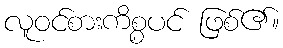
လူဝင်စားကိစ္စပင် ဖြစ်၏။